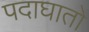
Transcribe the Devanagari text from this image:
पदाघातो